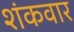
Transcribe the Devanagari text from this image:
शंकवार